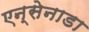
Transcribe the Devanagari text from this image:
एन्सेनाडा